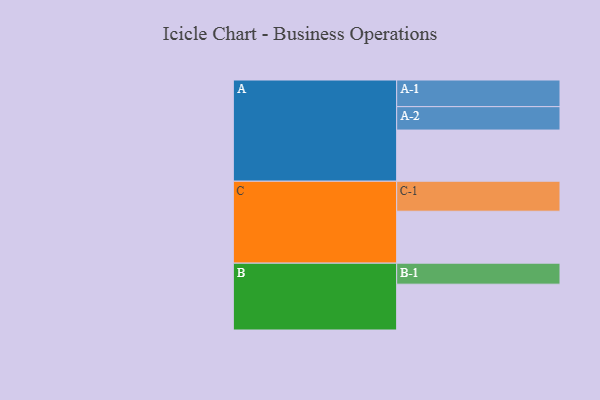
{"axis": {"x": "Segment", "y": "Value"}, "legend": ["", "A", "B", "C"], "data": [{"x": "A", "y": 507, "type": ""}, {"x": "B", "y": 454, "type": ""}, {"x": "C", "y": 515, "type": ""}, {"x": "A-1", "y": 264, "type": "A"}, {"x": "A-2", "y": 232, "type": "A"}, {"x": "B-1", "y": 208, "type": "B"}, {"x": "C-1", "y": 297, "type": "C"}]}